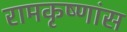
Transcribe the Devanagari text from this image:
रामकृष्णांस